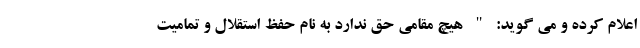
اعلام کرده و می گوید: " هیچ مقامی حق ندارد به نام حفظ استقلال و تمامیت